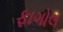
ફાગોલ